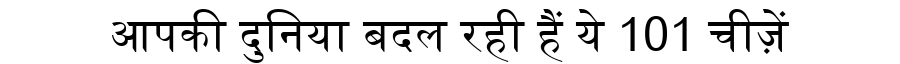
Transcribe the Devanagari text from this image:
आपकी दुनिया बदल रही हैं ये 101 चीज़ें